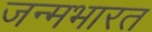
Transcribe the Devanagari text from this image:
जन्मभारत